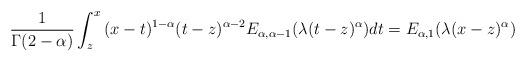
LaTeX: \begin{align*}\frac{1}{\Gamma(2-\alpha)}\int_z^x {(x-t)^{1-\alpha}}(t-z)^{\alpha - 2}E_{\alpha, \alpha-1}(\lambda (t-z)^{\alpha}) dt & = E_{\alpha, 1} (\lambda (x-z)^{\alpha})\end{align*}